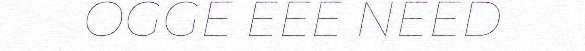
OGGE EEE NEED